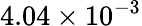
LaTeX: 4.04\times 10^{-3}